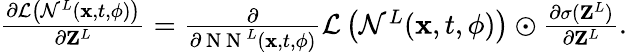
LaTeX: \begin{array}{r}{\frac{\partial\mathcal{L}\left(\mathcal{N}^{L}({\mathbf x},t,{\mathbf\phi})\right)}{\partial{\mathbf Z}^{L}}=\frac{\partial}{\partial\mathrm{~N~N~}^{L}({\mathbf x},t,{\mathbf\phi})}\mathcal{L}\left(\mathcal{N}^{L}({\mathbf x},t,{\mathbf\phi})\right)\odot\frac{\partial\sigma({\mathbf Z}^{L})}{\partial{\mathbf Z}^{L}}.}\end{array}